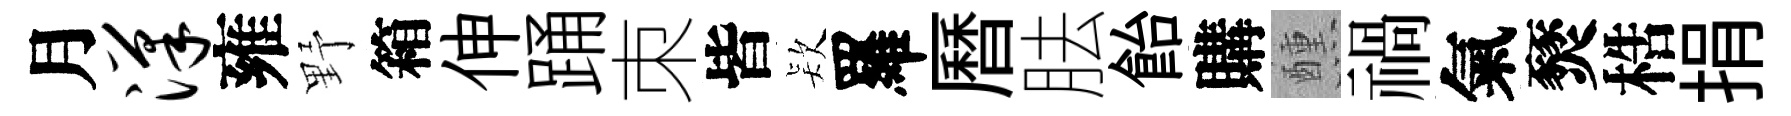
月汉雍野箱伸踊朿皆𣣇羅曆胠飴購醺禍氣燹梏捐